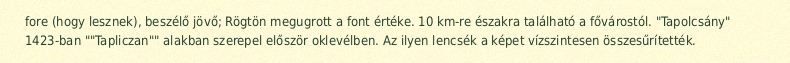
fore (hogy lesznek), beszélő jövő; Rögtön megugrott a font értéke. 10 km-re északra található a fővárostól. "Tapolcsány" 1423-ban ""Tapliczan"" alakban szerepel először oklevélben. Az ilyen lencsék a képet vízszintesen összesűrítették.